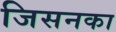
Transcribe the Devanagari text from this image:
जिसनका